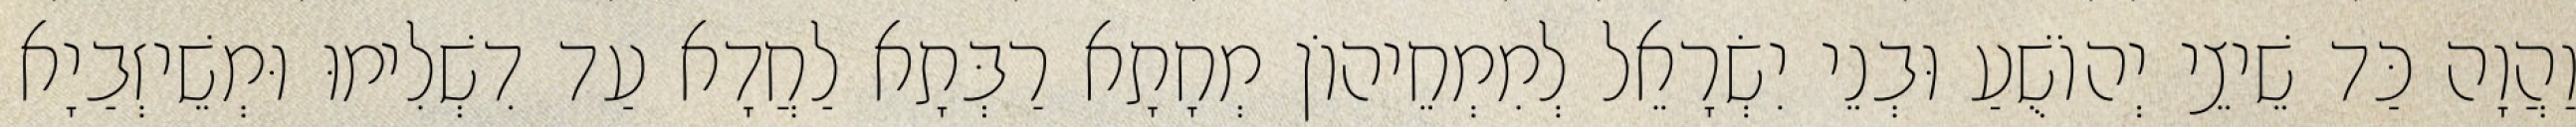
וַהֲוָה כַּד שֵׁיצֵי יְהוֹשֻׁעַ וּבְנֵי יִשְׂרָאֵל לְמִמְחֵיהוֹן מְחָתָא רַבְּתָא לַחֲדָא עַד דִשְׁלִימוּ וּמְשֵׁיזְבַיָא